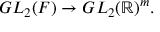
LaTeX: G L _ { 2 } ( F ) \to G L _ { 2 } ( \mathbb { R } ) ^ { m } .